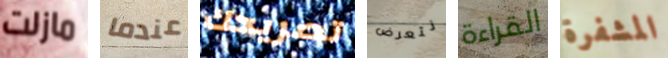
مازلت عندما تصريحك نتعرض القراءة المشفرة